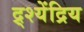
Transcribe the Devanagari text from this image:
द्र्श्येंद्रिय